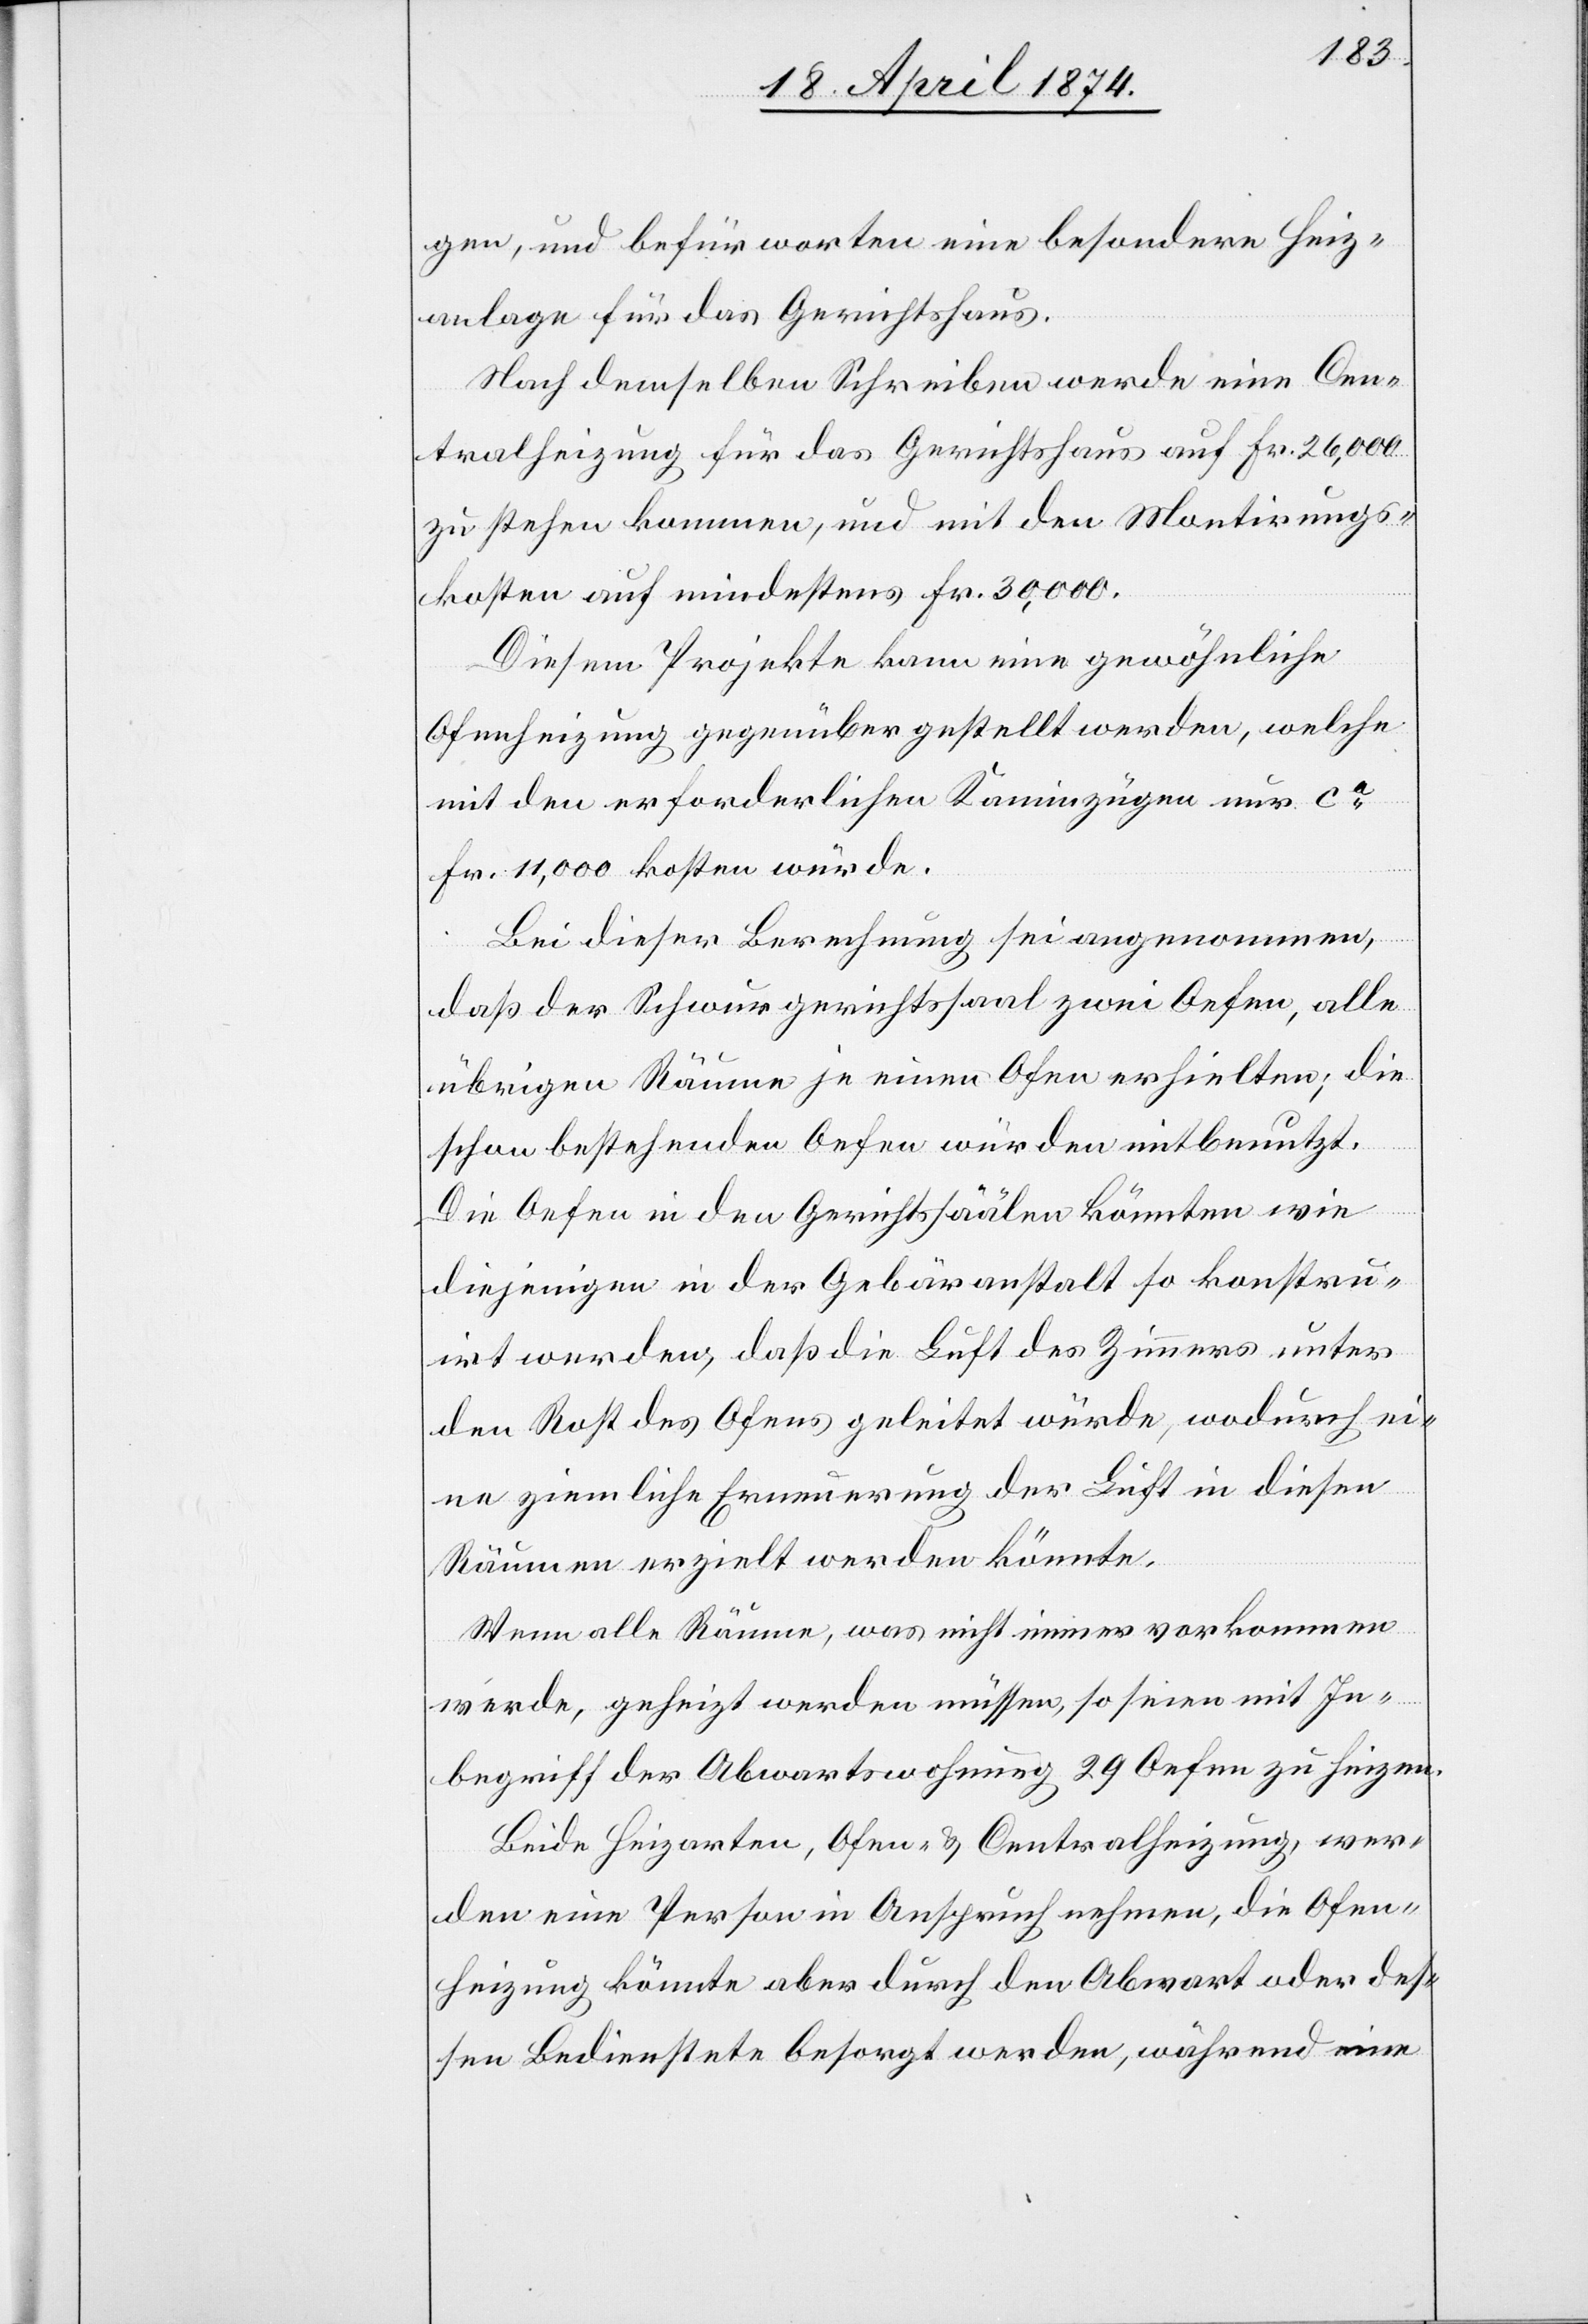
gen, und befürworten eine besondere Heiz¬
anlage für das Gerichtshaus.
Nach demselben Schreiben werde eine Cen¬
tralheizung für das Gerichtshaus auf Fr. 26,000
zu stehen kommen, und mit den Montirungs¬
kosten auf mindestens Fr. 30,000.
Diesem Projekte kann eine gewöhnliche
Ofenheizung gegenüber gestellt werden, welche
mit den erforderlichen Kaminzügen nur ca
Fr. 11,000 kosten würde.
Bei dieser Berechnung sei angenommen,
daß der Schwurgerichtssaal zwei Oefen, alle
übrigen Räume je einen Ofen erhielten; die
schon bestehenden Oefen würden mitbenutzt.
Die Oefen in den Gerichtssäälen könnten wie
diejenigen in der Gebäranstalt so konstru¬
irt werden, daß die Luft des Zimmers unter
den Rost des Ofens geleitet würde, wodurch ei¬
ne ziemliche Erneuerung der Luft in diesen
Räumen erzielt werden könnte.
Wenn alle Räume, was nicht immer vorkommen
werde, geheizt werden müssen, so seien mit In¬
begriff der Abwartswohnung 29 Oefen zu heizen.
Beide Heizarten, Ofen- u. Centralheizung, wer¬
den eine Person in Anspruch nehmen, die Ofen¬
heizung könnte aber durch den Abwart oder des¬
sen Bedienstete besorgt werden, währen eine